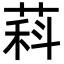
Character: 萪